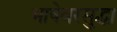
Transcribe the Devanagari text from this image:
भाषेवरसुद्धा